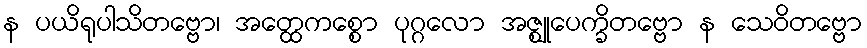
န ပယိရုပါသိတဗ္ဗော၊ အတ္ထေကစ္စော ပုဂ္ဂလော အဇ္ဈုပေက္ခိတဗ္ဗော န သေဝိတဗ္ဗော